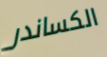
الكساندر